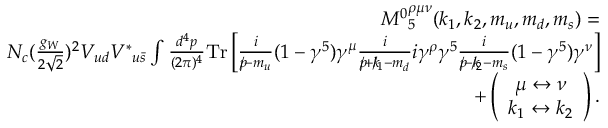
\begin{array} { r l r } & { } & { { M ^ { 0 } } _ { 5 } ^ { \rho \mu \nu } ( k _ { 1 } , k _ { 2 } , m _ { u } , m _ { d } , m _ { s } ) = } \\ & { } & { N _ { c } ( \frac { g _ { W } } { 2 \sqrt { 2 } } ) ^ { 2 } V _ { u d } { V ^ { \ast } } _ { u \bar { s } } \int \frac { d ^ { 4 } p } { ( 2 \pi ) ^ { 4 } } \mathrm { { T r } } \left[ \frac { i } { p \! \! \! / - m _ { u } } ( 1 - \gamma ^ { 5 } ) \gamma ^ { \mu } \frac { i } { p \! \! \! / + k \! \! \! / _ { 1 } - m _ { d } } i \gamma ^ { \rho } \gamma ^ { 5 } \frac { i } { p \! \! \! / - k \! \! \! / _ { 2 } - m _ { s } } ( 1 - \gamma ^ { 5 } ) \gamma ^ { \nu } \right] } \\ & { } & { + \left( \begin{array} { c } { \mu \leftrightarrow \nu } \\ { k _ { 1 } \leftrightarrow k _ { 2 } } \end{array} \right) . } \end{array}